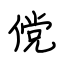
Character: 傥